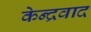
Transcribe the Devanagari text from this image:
केन्द्रवाद